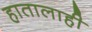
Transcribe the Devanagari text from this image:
हातालाही